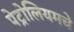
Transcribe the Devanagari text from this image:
पेट्रोलियमचे